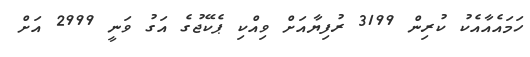
ހަމައެއާއެކު ކުރިން 3199 ރުފިޔާއަށް ވިއްކި ޕެކޭޖުގެ އަގު ވަނީ 2999 އަށް